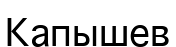
Капышев